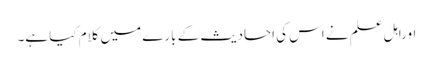
اوراہل علم نے اس کی احادیث کے بارے میں کلام کیا ہے۔